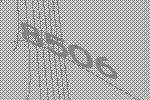
8506